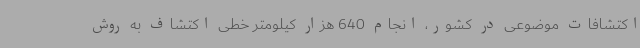
اکتشافات موضوعی در کشور، انجام 640 هزار کیلومتر خطی اکتشاف به روش